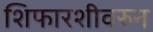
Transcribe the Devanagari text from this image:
शिफारशीवरुन